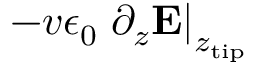
- v \epsilon _ { 0 } \left. \partial _ { z } { \bf E } \right| _ { z _ { \mathrm { t i p } } }